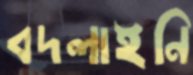
বদলাইনি